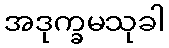
အဒုက္ခမသုခါ